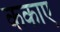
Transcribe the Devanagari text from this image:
ककाए